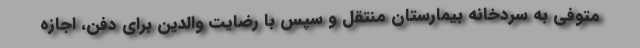
متوفی به سردخانه بیمارستان منتقل و سپس با رضایت والدین برای دفن، اجازه